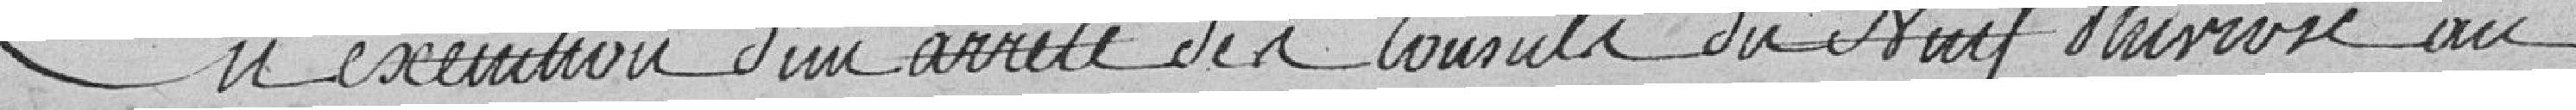
En extension d'un arrêté des consuls du neuf pluviose an